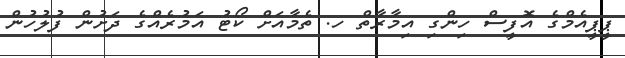
ޕީޕީއެމްގެ އޮފީސް ހިންގި އިމާރާތް ހ. ތެމާއަށް ކޯޓު އަމުރެއްގެ ދަށުން ފުލުހުން